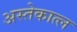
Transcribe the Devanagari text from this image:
अस्तेकात्ल